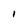
Character: 1